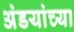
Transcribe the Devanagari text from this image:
अंडयांच्या